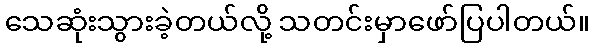
သေဆုံးသွားခဲ့တယ်လို့ သတင်းမှာဖော်ပြပါတယ်။